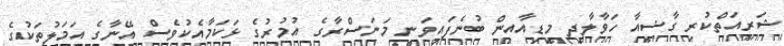
ޝަރީއަތްކުރި ގާޟީއާ ހަވާލާދީ މީޑިއާއިން ބުނެފައިވަނީ މަނަސްރާގެ އުމުރުގެ ޅަކަމާއެކުވެސް އޭނާގެ އަމަލުތަކުގެ